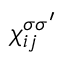
\chi _ { i j } ^ { \sigma \sigma ^ { \prime } }